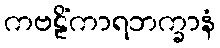
ကဗဠိံကာရဘက္ခာနံ